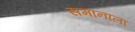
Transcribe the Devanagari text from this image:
समानाला